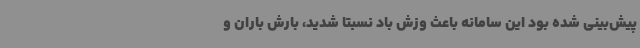
پیش‌بینی شده بود این سامانه باعث وزش باد نسبتا شدید، بارش باران و